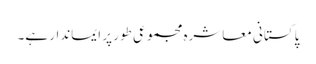
پاکستانی معاشرہ مجموعی طور پر ایماندار ہے۔